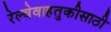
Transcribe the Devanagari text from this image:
रेल्वेवाहतुकीसाठी